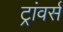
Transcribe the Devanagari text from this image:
ट्रांवर्स